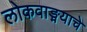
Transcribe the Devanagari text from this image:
लोकवाङ्मयाचे